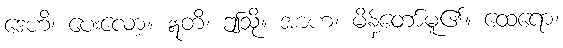
ဒေဟိ၊ ပေးလော့။ ဣတိ၊ ဤသို့။ အာဟ၊ မိန့်တော်မူ၏။ ထေရော၊